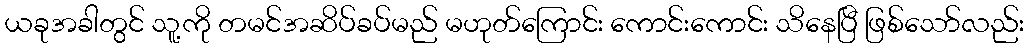
ယခုအခါတွင် သူ့ကို တမင်အဆိပ်ခပ်မည် မဟုတ်ကြောင်း ကောင်းကောင်း သိနေပြီ ဖြစ်သော်လည်း